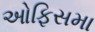
ઓફિસમા